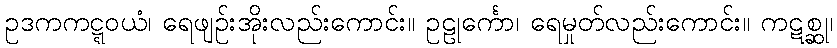
ဥဒကကဋ္ဋဝယံ၊ ရေဖျဉ်းအိုးလည်းကောင်း။ ဥဠုင်္ကော၊ ရေမှုတ်လည်းကောင်း။ ကဋစ္ဆု၊